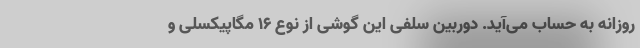
روزانه به حساب می‌آید. دوربین سلفی این گوشی از نوع 16 مگاپیکسلی و